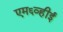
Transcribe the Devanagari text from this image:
एम६व्हीई